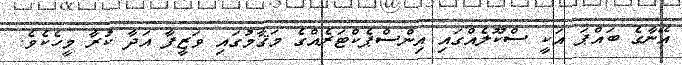
އޭނާގެ ބައްޕަ އަކީ ސްކޫލެއްގައި އިންސްޕެކްޓަރެއްގެ މަޤާމުގައި ވަޒީފާ އަދާ ކުރާ މީހެކެވެ.